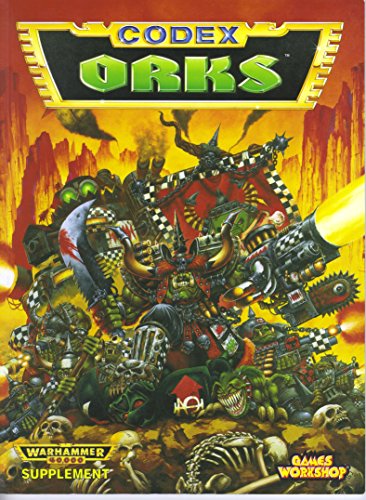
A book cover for Warhammer 40, 000 Codex: Orks; Jervis Johnson; Science Fiction & Fantasy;